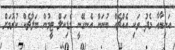
އަނިޔާއާ މެދު ވަކި އެއްޗެއް ބުނަން އެނގޭނީ މެޑިކަލް ޓީމުން ބަލާޗެކް ކުރުމަށް